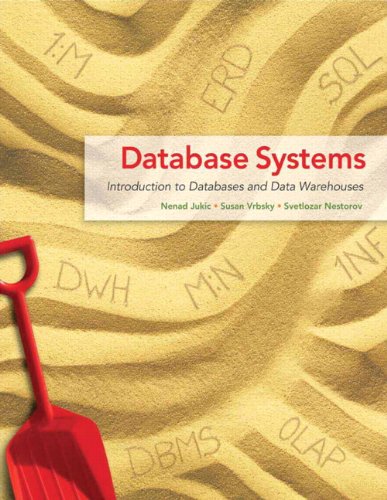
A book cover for Database Systems: Introduction to Databases and Data Warehouses; Nenad Jukic; Computers & Technology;